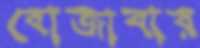
বোজাবার